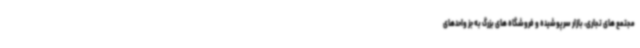
مجتمع های تجاری، بازار سرپوشیده و فروشگاه های بزرگ به جز واحدهای